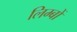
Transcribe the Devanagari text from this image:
लिम्बों